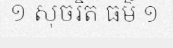
១ សុចរិត ធម៌ ១